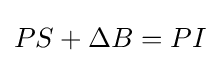
PS+\Delta B=PI